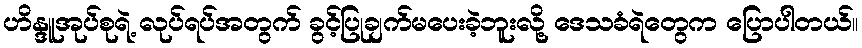
ဟိန္ဒူအုပ်စုရဲ့ လုပ်ရပ်အတွက် ခွင့်ပြုချက်မပေးခဲ့ဘူးလို့ ဒေသခံရဲတွေက ပြောပါတယ်။